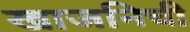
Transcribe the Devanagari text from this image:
खाजनिची